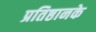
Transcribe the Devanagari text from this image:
प्रतिष्ठानके